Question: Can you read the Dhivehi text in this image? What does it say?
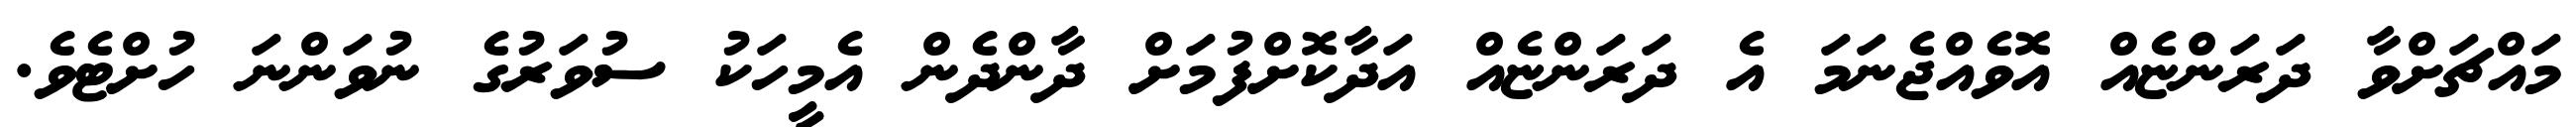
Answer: މައްޗަށްވާ ދަރަންޏެއް އޮވެއްޖެނަމަ އެ ދަރަންޏެއް އަދާކޮށްފުމަށް ދާންދެން އެމީހަކު ސުވަރުގެ ނުވަންނަ ހުށްޓެވެ.